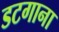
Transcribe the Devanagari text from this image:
डटगाना